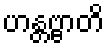
ဟန္တဗ္ဗာတိ